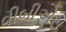
વીબીએસ